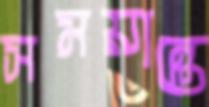
সময়ান্তে